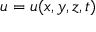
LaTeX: u = u ( x , y , z , t )